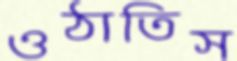
ওঠাতিস